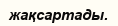
жақсартады.